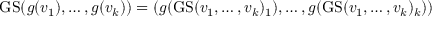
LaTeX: \operatorname { G S } ( g ( v _ { 1 } ) , \dots , g ( v _ { k } ) ) = ( g ( \operatorname { G S } ( v _ { 1 } , \dots , v _ { k } ) _ { 1 } ) , \dots , g ( \operatorname { G S } ( v _ { 1 } , \dots , v _ { k } ) _ { k } ) )